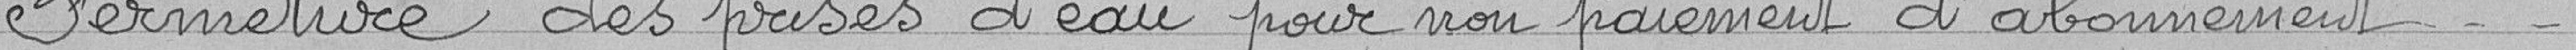
Fermeture des prises d'eau pour non paiement d'abonnement